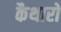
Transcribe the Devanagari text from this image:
कैथारों